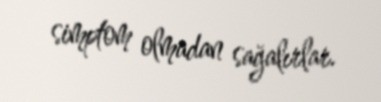
simptom olmadan sağalırlar.